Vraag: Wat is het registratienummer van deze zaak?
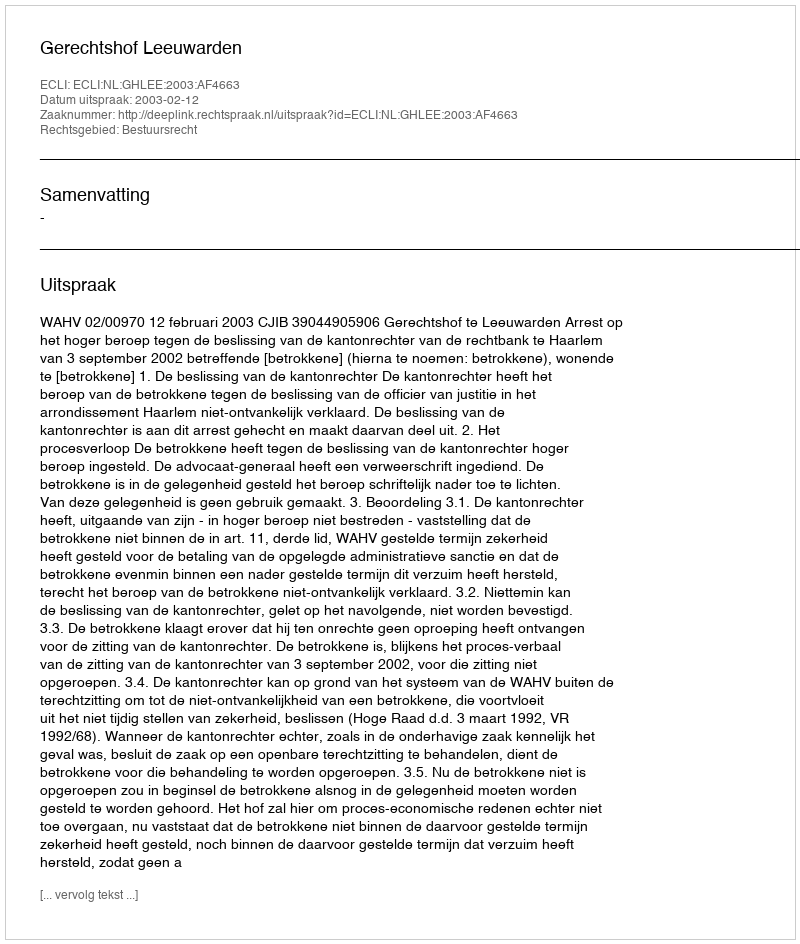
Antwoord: http://deeplink.rechtspraak.nl/uitspraak?id=ECLI:NL:GHLEE:2003:AF4663